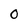
Character: 0